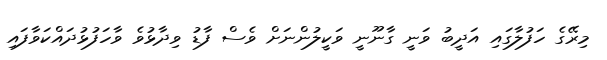
މިރޭގެ ހަފުލާގައި އަދީބު ވަނީ ގާނޫނީ ވަކީލުންނަށް ވެސް ފާޑު ވިދާޅުވެ ވާހަފުޅުދައްކަވާފައި